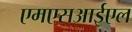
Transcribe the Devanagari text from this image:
एमएसआईएल